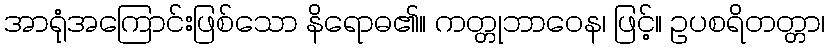
အာရုံအကြောင်းဖြစ်သော နိရောဓ၏။ ကတ္တုဘာဝေန၊ ဖြင့်။ ဥပစရိတတ္တာ၊